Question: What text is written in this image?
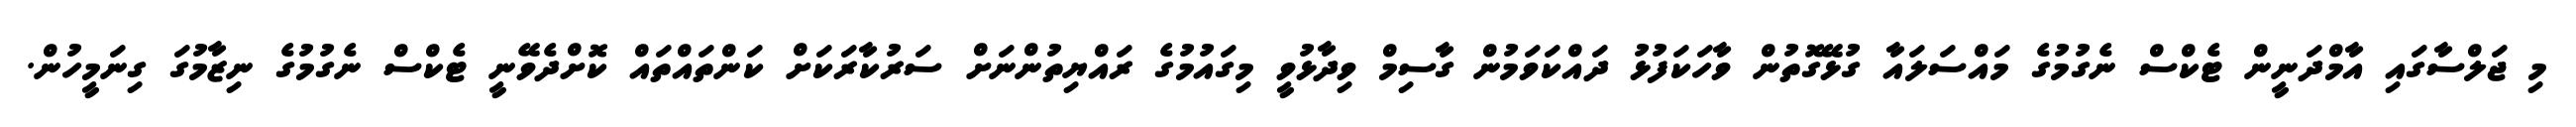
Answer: މި ޖަލްސާގައި އާމްދަނީން ޓެކްސް ނެގުމުގެ މައްސަލައާ ގުޅޭގޮތުން ވާހަކަފުޅު ދައްކަވަމުން ގާސިމް ވިދާޅުވީ މިގައުމުގެ ރައްޔިތުންނަށް ސަރުކާރަކަށް ކަންތައްތައް ކޮށްދެވޭނީ ޓެކްސް ނެގުމުގެ ނިޒާމުގަ ގިނަމީހުން.